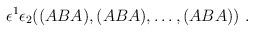
LaTeX: \begin{align*}\epsilon^1 \epsilon_2( (ABA),(ABA), \dots, (ABA)) \ .\end{align*}